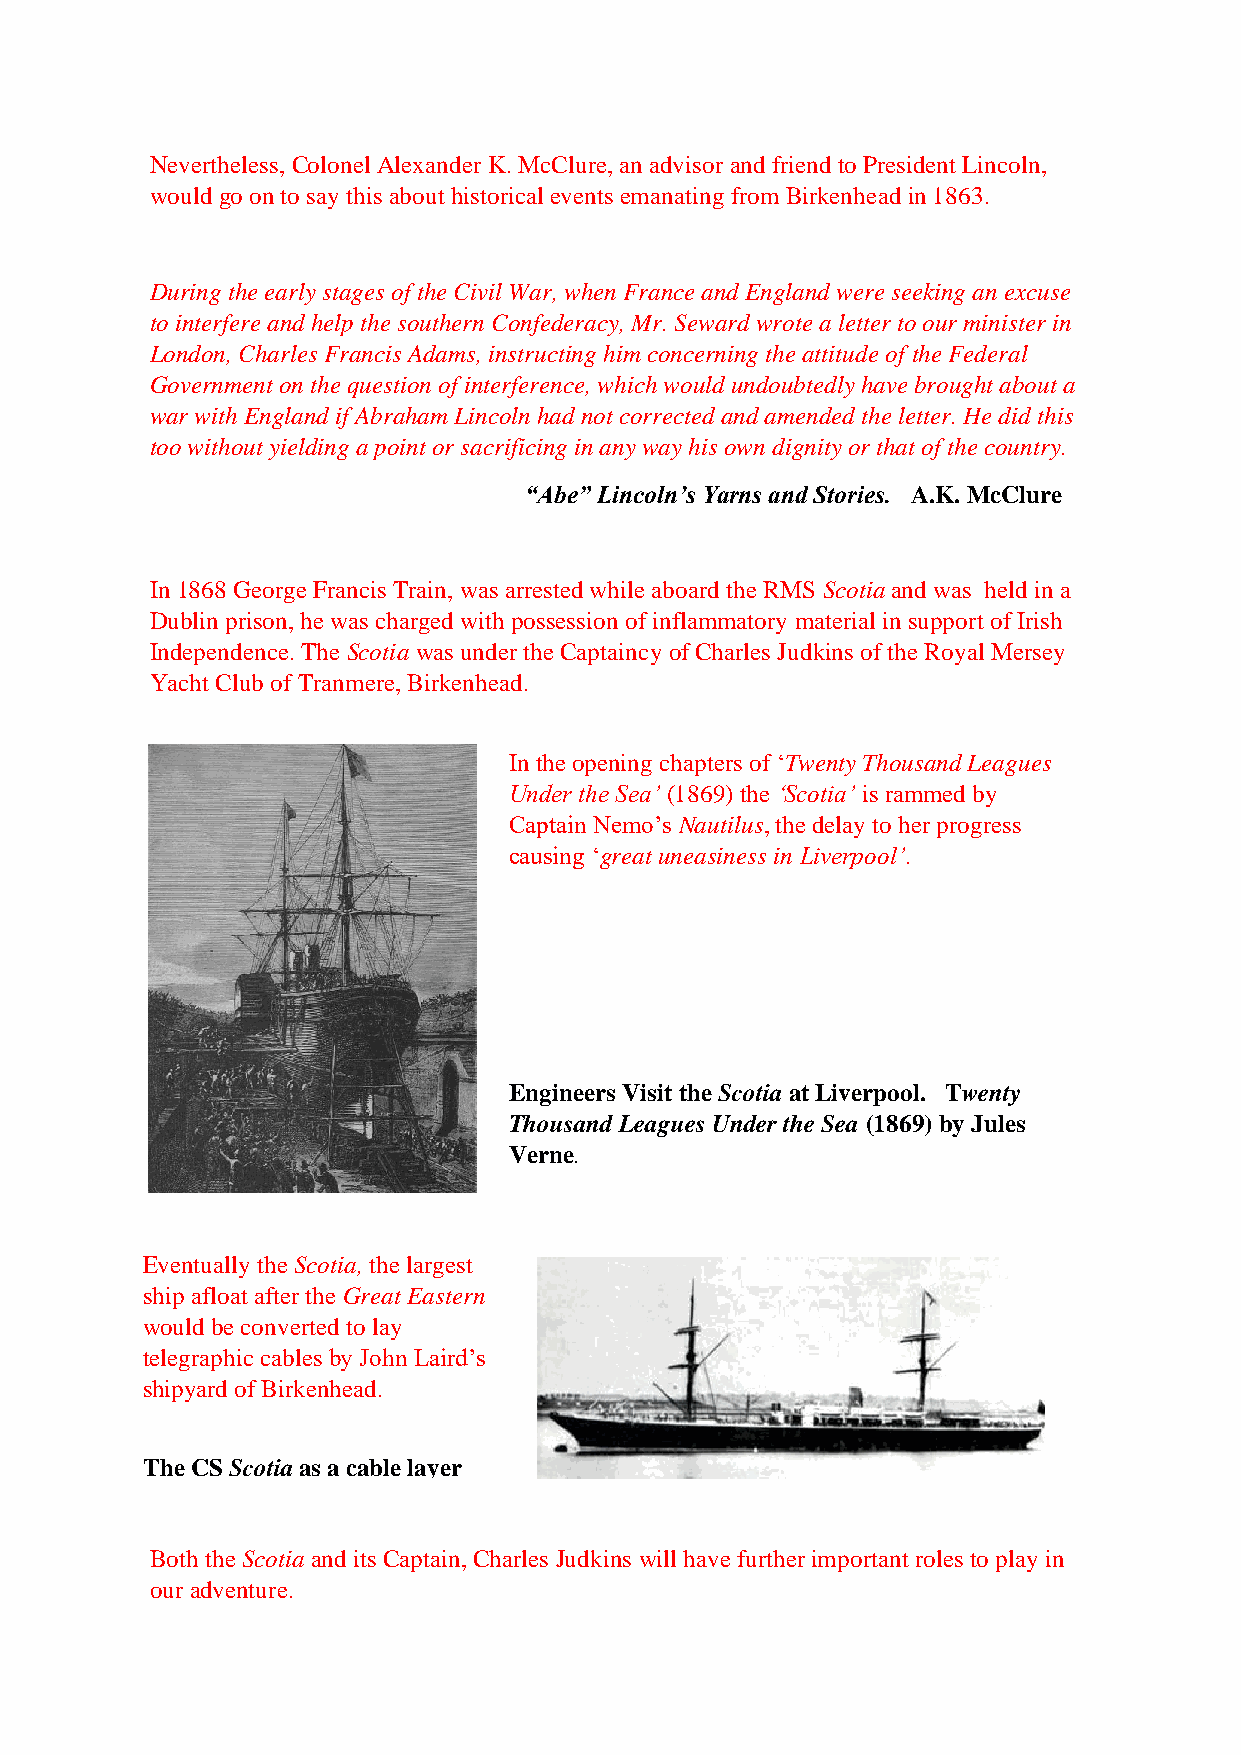
Nevertheless, Colonel Alexander K. McClure, an advisor and friend to President Lincoln,
 would go on to say this about historical events emanating from Birkenhead in 1863.
 During the early stages of the Civil War, when France and England were seeking an excuse
 to interfere and help the southern Confederacy, Mr. Seward wrote a letter to our minister in
 London, Charles Francis Adams, instructing him concerning the attitude of the Federal
 Government on the question of interference, which would undoubtedly have brought about a
 war with England if Abraham Lincoln had not corrected and amended the letter. He did this
 too without yielding a point or sacrificing in any way his own dignity or that of the country.
 “Abe” Lincoln’s Yarns and Stories. A.K. McClure
 In 1868 George Francis Train, was arrested while aboard the RMS Scotia and was held in a
 Dublin prison, he was charged with possession of inflammatory material in support of Irish
 Independence. The Scotia was under the Captaincy of Charles Judkins of the Royal Mersey
 Yacht Club of Tranmere, Birkenhead.
 In the opening chapters of ‘Twenty Thousand Leagues
 Under the Sea’ (1869) the ‘Scotia’ is rammed by
 Captain Nemo’s Nautilus, the delay to her progress
 causing ‘great uneasiness in Liverpool’.
 Engineers Visit the Scotia at Liverpool. Twenty
 Thousand Leagues Under the Sea (1869) by Jules
 Verne.
 Eventually the Scotia, the largest
 ship afloat after the Great Eastern
 w ould be converted to lay
 telegraphic cables by John Laird’s
 shipyard of Birkenhead.
 T he CS Scotia as a cable layer
 Both the Scotia and its Captain, Charles Judkins will have further important roles to play in
 our adventure.